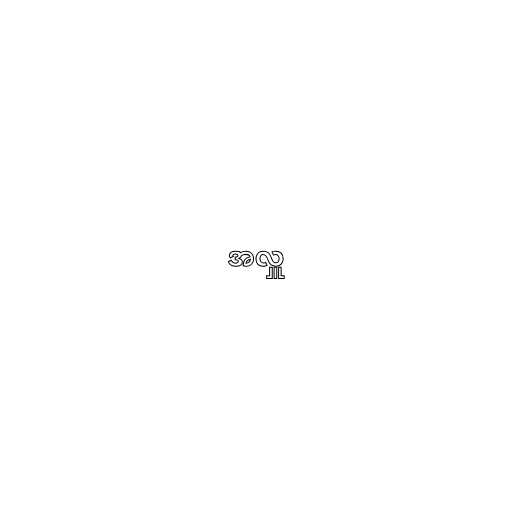
အလှူ